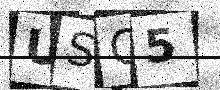
Text: USO5